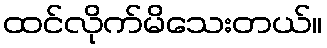
ထင်လိုက်မိသေးတယ်။